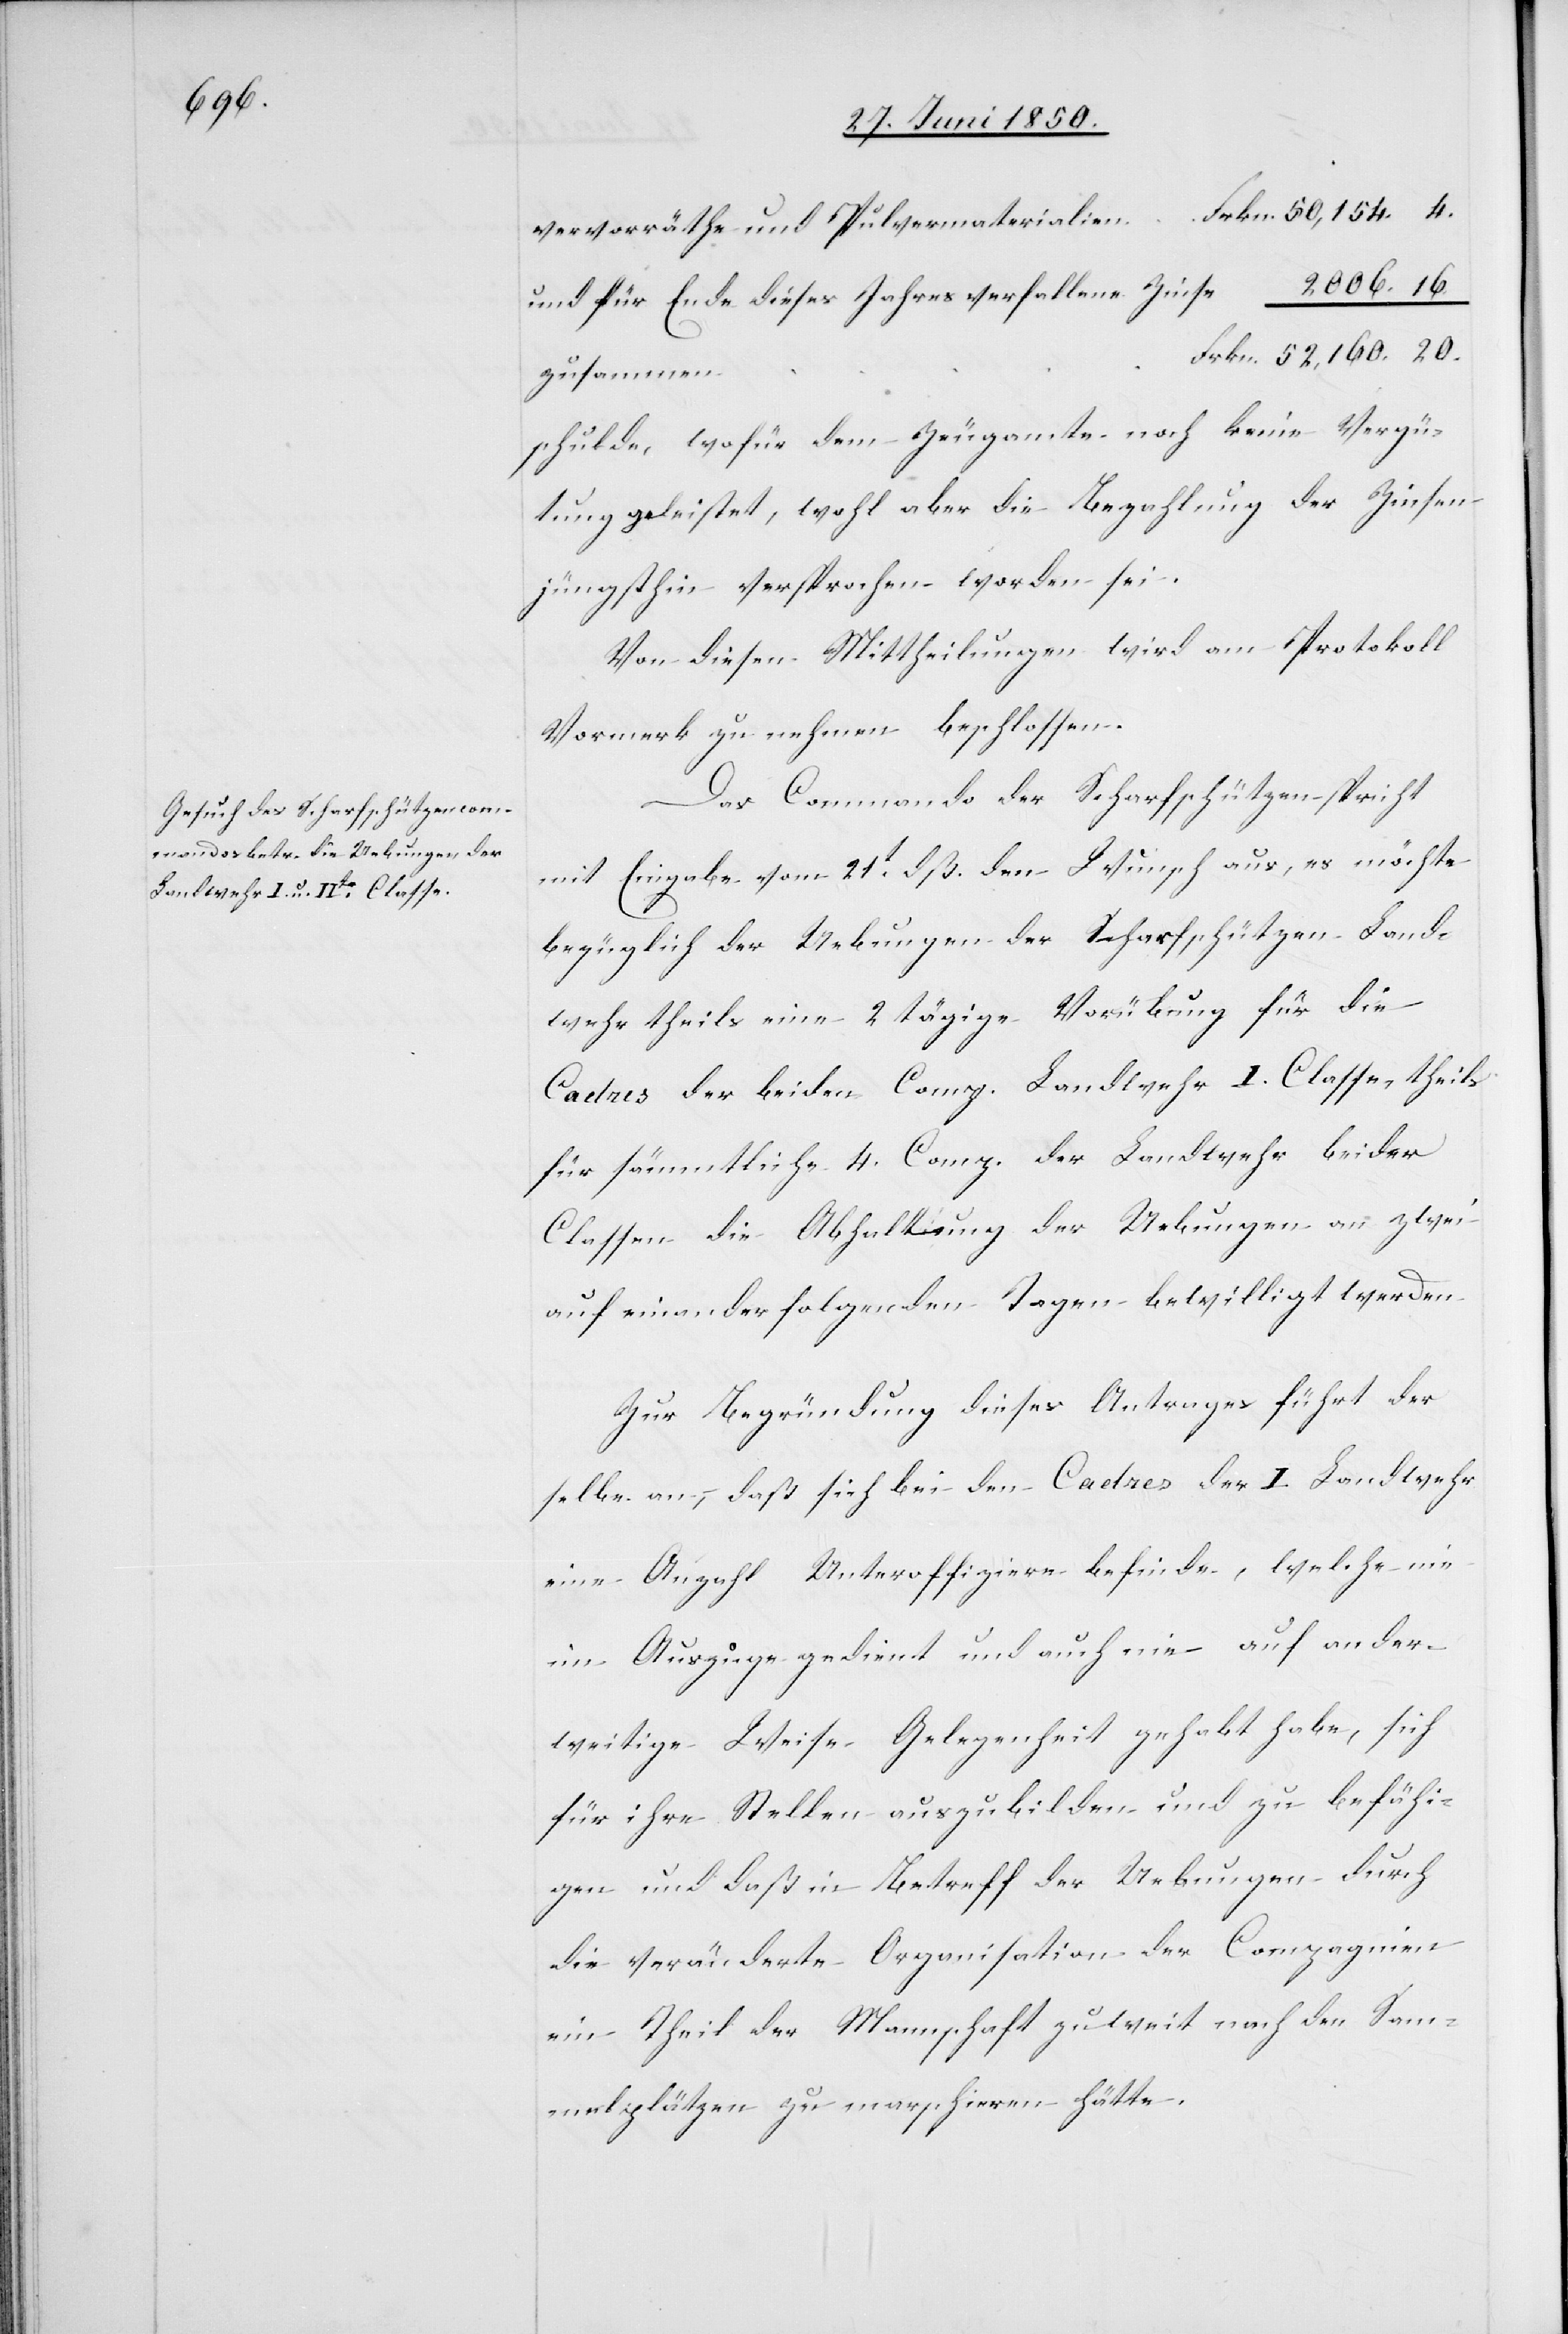
vervorräthe und Pulvermaterialien		Frkn. 50,154. 4.
und für Ende dieses Jahres verfallene Zinse						2006. 16.
schulde, wofür dem Zeugamte noch keine Vergü¬
tung geleistet, wohl aber die Bezahlung der Zinsen
jüngsthin versprochen worden sei.
Von diesen Mittheilungen wird am Protokoll
Vormerk zu nehmen beschlossen.
Das Commando der Scharfschützen spricht
mit Eingabe vom 21t dß. den Wunsch aus, es möchte
bezüglich der Uebungen der Scharfschützen Land¬
wehr theils eine 2 tägige Vorübung für die
Cadres der beiden Comp. Landwehr I. Classe, theils
für sämmtliche 4. Comp. der Landwehr beider
Classen die Abhaltung der Uebungen an zwei
aufeinanderfolgenden Tagen bewilligt werden.
Zur Begründung dieses Antrages führt der
selbe an, daß sich bei den Cadres der I. Landwehr
eine Anzahl Unteroffiziere befinde, welche nie
im Auszuge gedient und auch nie auf ander¬
weitige Weise Gelegenheit gehabt habe, sich
für ihre Stellen auszubilden und zu befähi¬
gen und daß in Betreff der Uebungen durch
die veränderte Organisation der Compagnien
ein Theil der Mannschaft zu weit nach den Sam¬
melplätzen zu marschieren hätte.